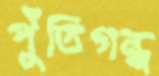
পুঁতিগন্ধ